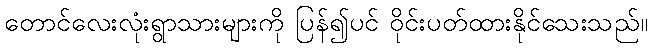
တောင်လေးလုံးရွာသားများကို ပြန်၍ပင် ဝိုင်းပတ်ထားနိုင်သေးသည်။